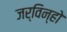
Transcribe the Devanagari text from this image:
जर्विन्हो